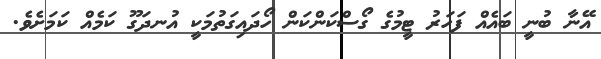
އޭނާ ބުނީ ބައެއް ފަހަރު ޓީމުގެ ގޯސްކަންކަން ހޯދައިގަތުމަކީ އުނދަގޫ ކަމެއް ކަމަށެވެ.